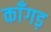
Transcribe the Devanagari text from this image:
काँगड़